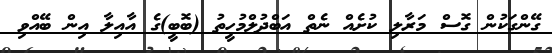
ގޭންގަކުން ގޮސް މަރާލި ކުށެއް ނެތް އަބްދުލްމުހީތު (ބޮބީ)ގެ އާއިލާ އިން ބޭއްވި